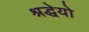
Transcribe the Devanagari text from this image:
श्रद्धेयो